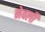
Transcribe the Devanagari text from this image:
नेवली